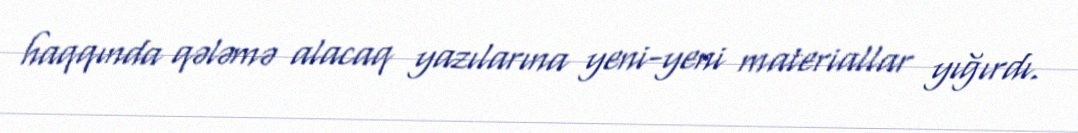
haqqında qələmə alacaq yazılarına yeni-yeni materiallar yığırdı.